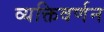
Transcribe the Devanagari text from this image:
व्यक्तिवर्णन